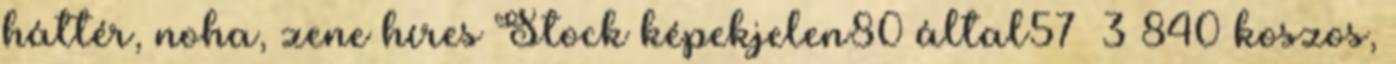
háttér, noha, zene híres Stock képekjelen80 által57 3 840 koszos,